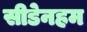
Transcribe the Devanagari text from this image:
सीडेनहम